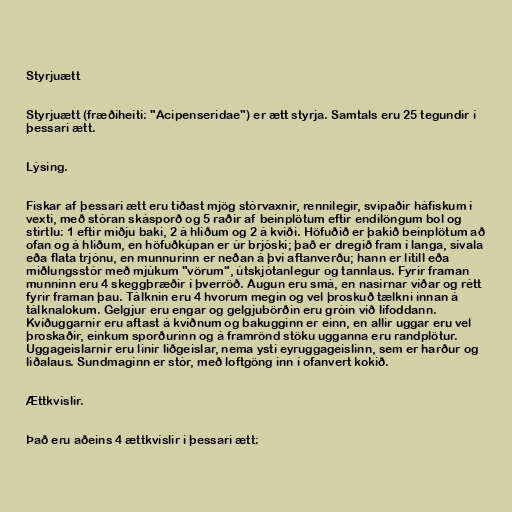
Styrjuætt

Styrjuætt (fræðiheiti: "Acipenseridae") er ætt styrja. Samtals eru 25 tegundir í
þessari ætt.

Lýsing.

Fiskar af þessari ætt eru tíðast mjög stórvaxnir, rennilegir, svipaðir háfiskum í
vexti, með stóran skásporð og 5 raðir af beinplötum eftir endilöngum bol og
stirtlu: 1 eftir miðju baki, 2 á hliðum og 2 á kviði. Höfuðið er þakið beinplötum að
ofan og á hliðum, en höfuðkúpan er úr brjóski; það er dregið fram í langa, sívala
eða flata trjónu, en munnurinn er neðan á því aftanverðu; hann er lítill eða
miðlungsstór með mjúkum "vörum", útskjótanlegur og tannlaus. Fyrir framan
munninn eru 4 skeggþræðir í þverröð. Augun eru smá, en nasirnar víðar og rétt
fyrir framan þau. Tálknin eru 4 hvorum megin og vel þroskuð tælkni innan á
tálknalokum. Gelgjur eru engar og gelgjubörðin eru gróin við lífoddann.
Kvíðuggarnir eru aftast á kvíðnum og bakugginn er einn, en allir uggar eru vel
þroskaðir, einkum sporðurinn og á framrönd stöku ugganna eru randplötur.
Uggageislarnir eru linir liðgeislar, nema ysti eyruggageislinn, sem er harður og
liðalaus. Sundmaginn er stór, með loftgöng inn í ofanvert kokið.

Ættkvíslir.

Það eru aðeins 4 ættkvíslir í þessari ætt: